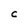
Character: C